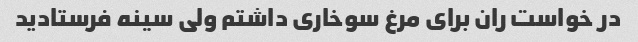
در خواست ران برای مرغ سوخاری داشتم ولی سینه فرستادید